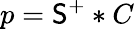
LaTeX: p={{\mathsf{S}}^{+}}*C